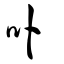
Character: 卟